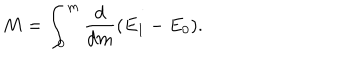
M = \int _ { 0 } ^ { m } { \frac { d } { d m } } ( E _ { 1 } - E _ { 0 } ) .